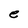
Character: e